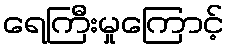
ရေကြီးမှုကြောင့်